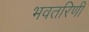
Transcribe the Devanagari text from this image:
भवतरिणी